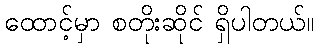
ထောင့်မှာ စတိုးဆိုင် ရှိပါတယ်။